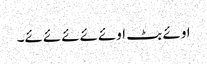
اوئے بٹ اوئےئےئےئےئے۔